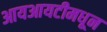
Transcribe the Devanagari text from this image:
आयआयटीमधून